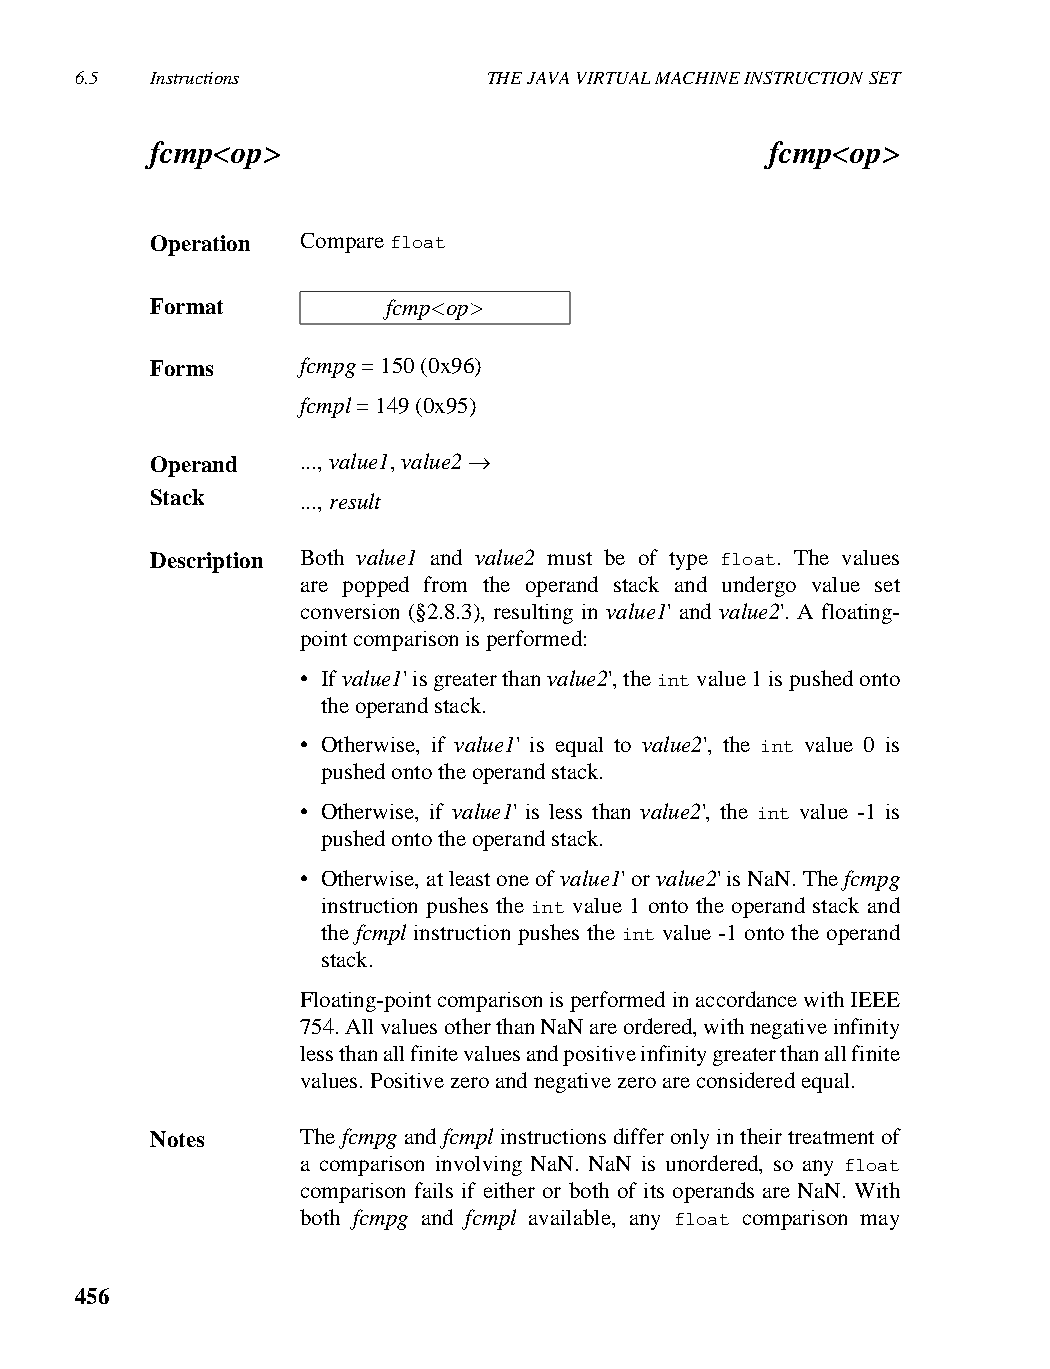
6.5  Instructions          THE JAVA VIRTUAL MACHINE INSTRUCTION SET
 fcmp<op>                                 fcmp<op>
 Operation Compare float
 Format          fcmp<op>
 Forms     fcmpg = 150 (0x96)
 fcmpl = 149 (0x95)
 Operand   ..., value1, value2 →
 Stack     ..., result
 Description Both value1 and value2 must be of type float. The values
 are popped from the operand stack and undergo value set
 conversion (§2.8.3), resulting in value1' and value2'. A floating-
 point comparison is performed:
 • If value1' is greater than value2', the int value 1 is pushed onto
 the operand stack.
 • Otherwise, if value1' is equal to value2', the int value 0 is
 pushed onto the operand stack.
 • Otherwise, if value1' is less than value2', the int value -1 is
 pushed onto the operand stack.
 • Otherwise, at least one of value1' or value2' is NaN. The fcmpg
 instruction pushes the int value 1 onto the operand stack and
 the fcmpl instruction pushes the int value -1 onto the operand
 stack.
 Floating-point comparison is performed in accordance with IEEE
 754. All values other than NaN are ordered, with negative infinity
 less than all finite values and positive infinity greater than all finite
 values. Positive zero and negative zero are considered equal.
 Notes     The fcmpg and fcmpl instructions differ only in their treatment of
 a comparison involving NaN. NaN is unordered, so any float
 comparison fails if either or both of its operands are NaN. With
 both fcmpg and fcmpl available, any float comparison may
 456